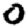
Digit: 0